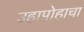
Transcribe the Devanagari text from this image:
उहापोहाचा